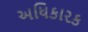
અધિકારક